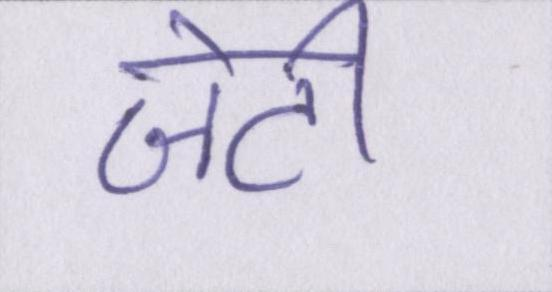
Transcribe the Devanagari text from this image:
जेटी